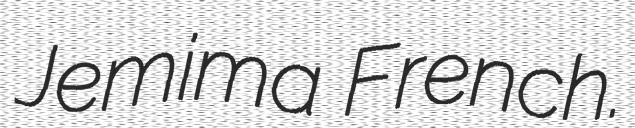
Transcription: Jemima French.